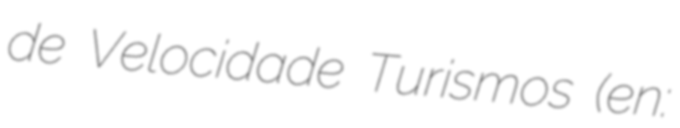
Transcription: de Velocidade Turismos (en: